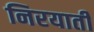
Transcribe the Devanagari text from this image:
निरयाती